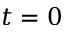
t = 0